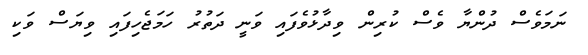
ނަމަވެސް ދުންޔާ ވެސް ކުރިން ވިދާޅުވެފައި ވަނީ ދަތުރު ހަމަޖެހިފައި ވިޔަސް ވަކި